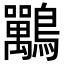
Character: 𪈀